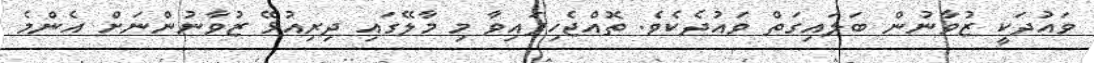
ވައުދަކީ ޒުވާނުން ބަލައިގަތް ވައުދެކެވެ. ތޮއްޖެހިފައިވާ މި މާލޭގައި ދިރިއުޅޭ ޒުވާނުންނަށް އެންމެ